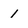
Character: 1